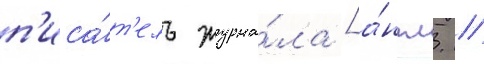
п'иса́т'ель журна́ла [а́нгл. /